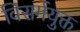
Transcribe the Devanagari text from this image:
विसर्गयुक्त